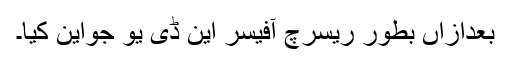
بعدازاں بطور ریسرچ آفیسر این ڈی یو جواین کیا۔